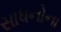
સાધનોના